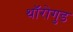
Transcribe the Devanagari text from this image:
थॉरोगुड